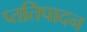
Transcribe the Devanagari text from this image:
प्ततिपादन